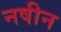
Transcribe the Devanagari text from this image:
नषीन